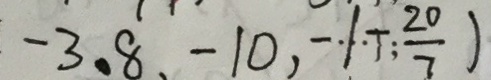
- 3 . 8 、 - 1 0 , - 1 + \frac { 2 0 } { 7 } )